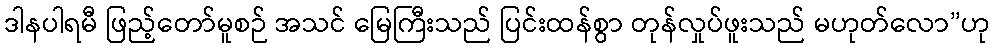
ဒါနပါရမီ ဖြည့်တော်မူစဉ် အသင် မြေကြီးသည် ပြင်းထန်စွာ တုန်လှုပ်ဖူးသည် မဟုတ်လော”ဟု